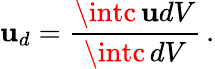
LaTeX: \mathbf{u}_{d}=\frac{{\intc\, \mathbf{u}dV}}{{\intc\, dV}}\, .